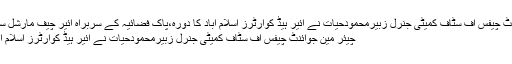
چیئر مین جوائنٹ چیفس آف سٹاف کمیٹی جنرل زبیرمحمودحیات نے ائیر ہیڈ کوارٹرز اسلام آباد کا دورہ،پاک فضائیہ کے سربراہ ائیر چیف مارشل سہیل امان نے ..
چیئر مین جوائنٹ چیفس آف سٹاف کمیٹی جنرل زبیرمحمودحیات نے ائیر ہیڈ کوارٹرز اسلام آباد کا دورہ کیا۔